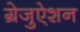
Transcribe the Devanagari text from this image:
ग्रेजुऐशन